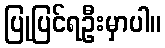
ပြုပြင်ရဦးမှာပါ။